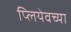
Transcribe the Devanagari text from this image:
प्लियेवच्या